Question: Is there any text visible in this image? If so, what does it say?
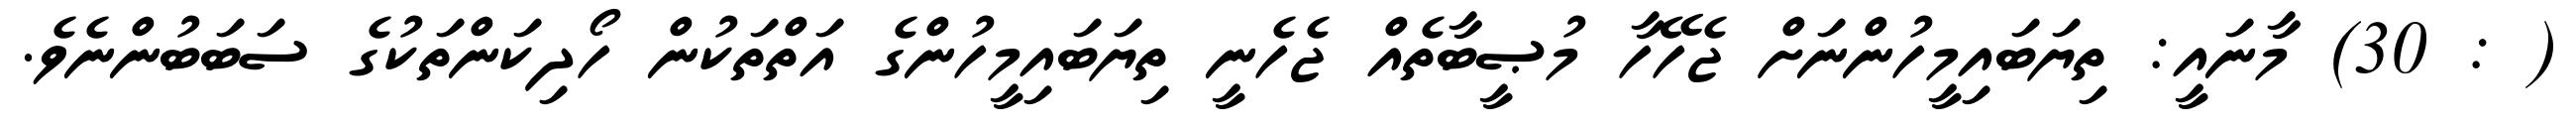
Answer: ( : 30) މާނައީ: ތިޔަބައިމީހުންނަށް ޖެހޭހާ މުޞީބާތެއް ޖެހެނީ ތިޔަބައިމީހުންގެ އަތްތަކުން ހޯދިކަންތަކުގެ ސަބަބުންނެވެ.